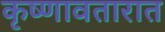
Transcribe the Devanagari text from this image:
कृष्णावतारात